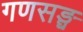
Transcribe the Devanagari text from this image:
गणसङ्घ